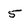
Character: 5